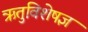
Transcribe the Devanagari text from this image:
ऋतुविशेषज्ञ